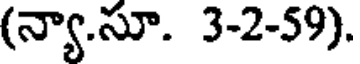
(న్యా.సూ. 3-2-59).